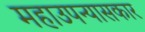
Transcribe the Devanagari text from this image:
महाउपन्यासकार